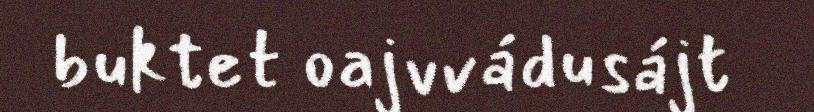
buktet oajvvádusájt